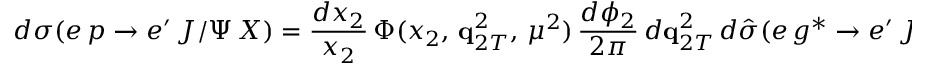
\displaystyle d \sigma ( e \, p \to e ^ { \prime } \, J / \Psi \, X ) = { \frac { d x _ { 2 } } { x _ { 2 } } } \, \Phi ( x _ { 2 } , \, { \bf q } _ { 2 T } ^ { 2 } , \, \mu ^ { 2 } ) \, { \frac { d \phi _ { 2 } } { 2 \pi } } \, d { \bf q } _ { 2 T } ^ { 2 } \, d \hat { \sigma } ( e \, g ^ { * } \to e ^ { \prime } \, J / \Psi \, g ^ { \prime } ) ,